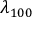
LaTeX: \lambda _ { 1 0 0 }